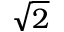
\sqrt { 2 }